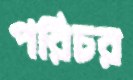
পরিচর